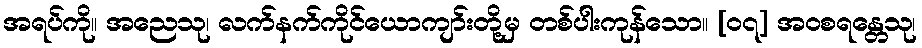
အရပ်ကို။ အညေသု၊ လက်နက်ကိုင်ယောကျာ်းတို့မှ တစ်ပါးကုန်သော။ [၀၇] အဝစရန္တေသု၊